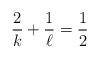
LaTeX: \begin{align*}\frac{2}{k}+\frac{1}{\ell} = \frac{1}{2}\end{align*}